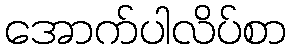
အောက်ပါလိပ်စာ